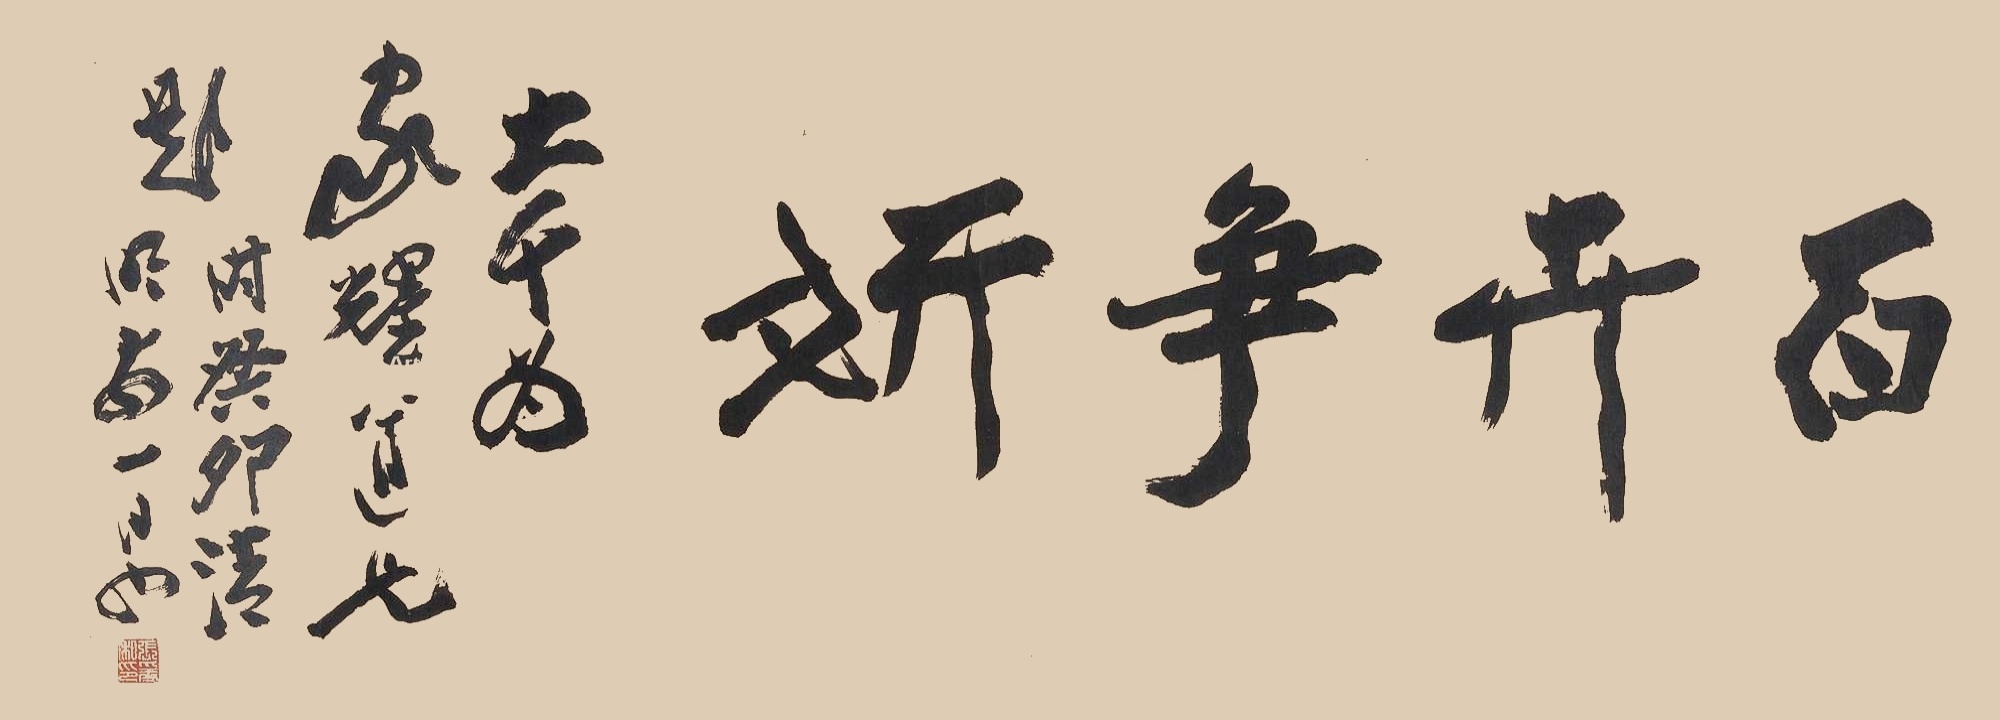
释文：百卉争妍。大千为家耀道兄题，时癸卯清明前一日也。